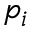
p _ { i }